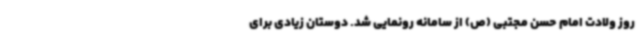
روز ولادت امام حسن مجتبی (ص) از سامانه رونمایی شد. دوستان زیادی برای